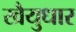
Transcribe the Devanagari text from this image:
खैयुधार